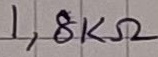
Text: 1,8KΩ